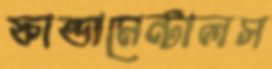
ফান্ডামেন্টালস